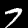
Digit: 7